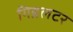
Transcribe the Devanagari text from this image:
गिब्रलटर